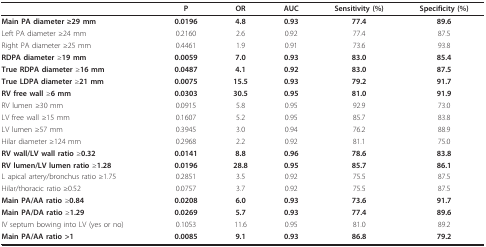
<table><thead><tr><td></td><td><b>P</b></td><td><b>OR</b></td><td><b>AUC</b></td><td><b>Sensitivity (%)</b></td><td><b>Specificity (%)</b></td></tr></thead><tbody><tr><td><b>Main PA diameter ≥29 mm</b></td><td><b>0.0196</b></td><td><b>4.8</b></td><td><b>0.93</b></td><td><b>77.4</b></td><td><b>89.6</b></td></tr><tr><td>Left PA diameter ≥24 mm</td><td>0.2160</td><td>2.6</td><td>0.92</td><td>77.4</td><td>87.5</td></tr><tr><td>Right PA diameter ≥25 mm</td><td>0.4461</td><td>1.9</td><td>0.91</td><td>73.6</td><td>93.8</td></tr><tr><td><b>RDPA diameter </b>≥<b>19 mm</b></td><td><b>0.0059</b></td><td><b>7.0</b></td><td><b>0.93</b></td><td><b>83.0</b></td><td><b>85.4</b></td></tr><tr><td><b>True RDPA diameter </b>≥<b>16 mm</b></td><td><b>0.0487</b></td><td><b>4.1</b></td><td><b>0.92</b></td><td><b>83.0</b></td><td><b>87.5</b></td></tr><tr><td><b>True LDPA diameter </b>≥<b>21 mm</b></td><td><b>0.0075</b></td><td><b>15.5</b></td><td><b>0.93</b></td><td><b>79.2</b></td><td><b>91.7</b></td></tr><tr><td><b>RV free wall </b>≥<b>6 mm</b></td><td><b>0.0303</b></td><td><b>30.5</b></td><td><b>0.95</b></td><td><b>81.0</b></td><td><b>91.9</b></td></tr><tr><td>RV lumen ≥30 mm</td><td>0.0915</td><td>5.8</td><td>0.95</td><td>92.9</td><td>73.0</td></tr><tr><td>LV free wall ≥15 mm</td><td>0.1607</td><td>5.2</td><td>0.95</td><td>85.7</td><td>83.8</td></tr><tr><td>LV lumen ≥57 mm</td><td>0.3945</td><td>3.0</td><td>0.94</td><td>76.2</td><td>88.9</td></tr><tr><td>Hilar diameter ≥124 mm</td><td>0.2968</td><td>2.2</td><td>0.92</td><td>81.1</td><td>75.0</td></tr><tr><td><b>RV wall/LV wall ratio </b>≥<b>0.32</b></td><td><b>0.0141</b></td><td><b>8.8</b></td><td><b>0.96</b></td><td><b>78.6</b></td><td><b>83.8</b></td></tr><tr><td><b>RV lumen/LV lumen ratio </b>≥<b>1.28</b></td><td><b>0.0196</b></td><td><b>28.8</b></td><td><b>0.95</b></td><td><b>85.7</b></td><td><b>86.1</b></td></tr><tr><td>L apical artery/bronchus ratio ≥1.75</td><td>0.2851</td><td>3.5</td><td>0.92</td><td>75.5</td><td>87.5</td></tr><tr><td>Hilar/thoracic ratio ≥0.52</td><td>0.0757</td><td>3.7</td><td>0.92</td><td>75.5</td><td>87.5</td></tr><tr><td><b>Main PA/AA ratio </b>≥<b>0.84</b></td><td><b>0.0208</b></td><td><b>6.0</b></td><td><b>0.93</b></td><td><b>73.6</b></td><td><b>91.7</b></td></tr><tr><td><b>Main PA/DA ratio </b>≥<b>1.29</b></td><td><b>0.0269</b></td><td><b>5.7</b></td><td><b>0.93</b></td><td><b>77.4</b></td><td><b>89.6</b></td></tr><tr><td>IV septum bowing into LV (yes or no)</td><td>0.1053</td><td>11.6</td><td>0.95</td><td>81.0</td><td>89.2</td></tr><tr><td><b>Main PA/AA ratio &gt;1</b></td><td><b>0.0085</b></td><td><b>9.1</b></td><td><b>0.93</b></td><td><b>86.8</b></td><td><b>79.2</b></td></tr></tbody></table>